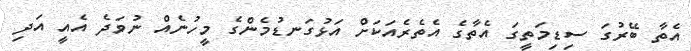
އެތާ ބޭރުގަ ސިޑިމަތީގަ އެތާގެ އެތެރެއަކަށް އަޅުގަނޑުމެންގެ މީހުނެއް ނުވަދެ އެއީ އަދި